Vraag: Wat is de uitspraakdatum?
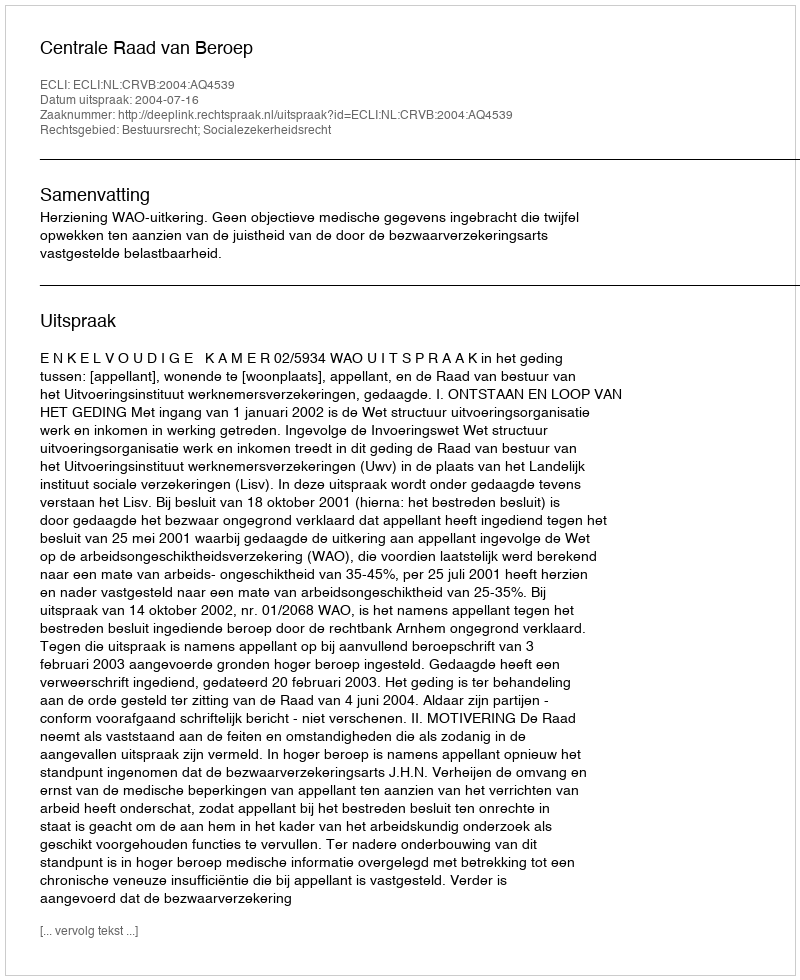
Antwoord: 2004-07-16